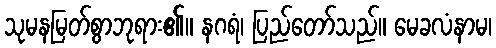
သုမနမြတ်စွာဘုရား၏။ နဂရံ၊ ပြည်တော်သည်။ မေခလံနာမ၊